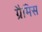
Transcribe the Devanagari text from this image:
ग्रैमिस